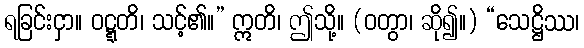
ရခြင်းငှာ။ ဝဋ္ဋတိ၊ သင့်၏။” ဣတိ၊ ဤသို့။ (ဝတွာ၊ ဆို၍။) “သေဋ္ဌိဿ၊